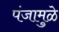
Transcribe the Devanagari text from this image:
पंजामुळे